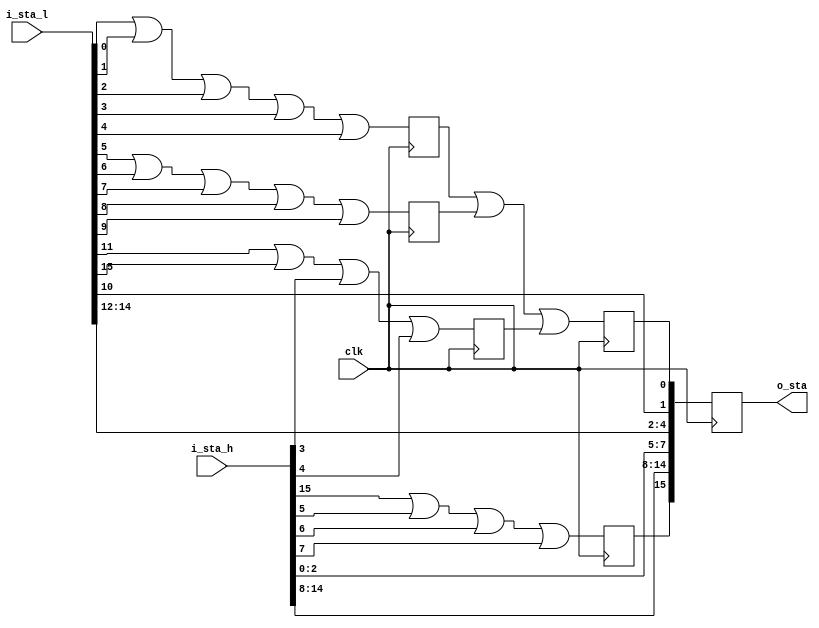
`timescale 1ns / 1ps
//////////////////////////////////////////////////////////////////////////////////
// Company: 
// Engineer: 
// 
// Design Name: 
// Module Name:    modl_32to16 
// Project Name: 
// Target Devices: 
// Tool versions: 
// Description: 
//
// Dependencies: 
//
// Revision: 
// Revision 0.01 - File Created
// Additional Comments: 
//
//////////////////////////////////////////////////////////////////////////////////
module modl_32to16(
						input clk,
						input [15:0]i_sta_l,
						input [15:0]i_sta_h,
						output reg[15:0]o_sta
);
reg t0,t15,t0_1,t0_2,t0_3;
always @ (posedge clk)
begin
	t0_1 <= i_sta_l[0]|i_sta_l[1]|i_sta_l[2]|i_sta_l[3]|i_sta_l[4];
	t0_2 <= i_sta_l[5]|i_sta_l[6]|i_sta_l[7]|i_sta_l[8]|i_sta_l[9];
	t0_3 <= i_sta_l[11]|i_sta_l[15]|i_sta_h[3]|i_sta_h[4];
	t0 <= t0_1 | t0_2 | t0_3;
	t15 <= i_sta_h[15]|i_sta_h[5]|i_sta_h[6]|i_sta_h[7];
	o_sta <= {t15,i_sta_h[14:8],i_sta_h[2:0],i_sta_l[14:12],i_sta_l[10],t0};
end
endmodule